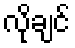
လိုချင်